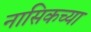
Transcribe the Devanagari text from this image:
नासिकच्या